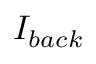
I _ { b a c k }